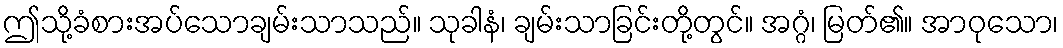
ဤသို့ခံစားအပ်သောချမ်းသာသည်။ သုခါနံ၊ ချမ်းသာခြင်းတို့တွင်။ အဂ္ဂံ၊ မြတ်၏။ အာဝုသော၊